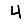
Digit: 4